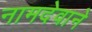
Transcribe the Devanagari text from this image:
नामदेवाने